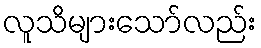
လူသိများသော်လည်း